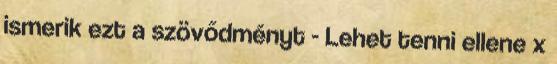
ismerik ezt a szövődményt - Lehet tenni ellene x